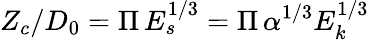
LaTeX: Z_{c}/D_{0}=\Pi\, E_{s}^{1/3}=\Pi\, \alpha^{1/3}E_{k}^{1/3}